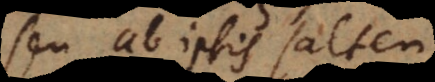
seu ab ipsis saltem